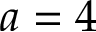
a = 4